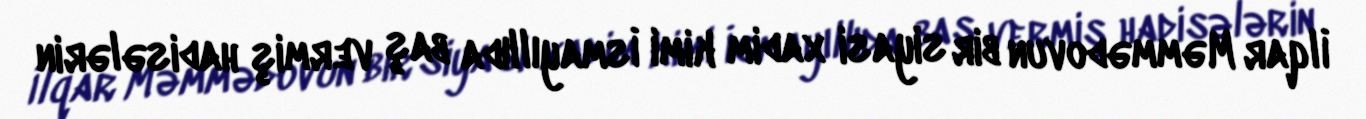
İlqar Məmmədovun bir siyasi xadim kimi İsmayıllıda baş vermiş hadisələrin